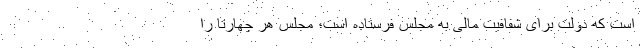
است که دولت برای شفافیت مالی به مجلس فرستاده است؛ مجلس هر چهارتا را